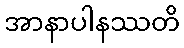
အာနာပါနဿတိ